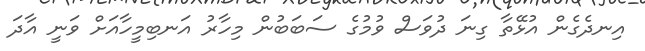
އިނދެގެން އުޅޭތާ ގިނަ ދުވަސް ވުމުގެ ސަބަބުން މިހާރު އަނބިމީހާއަށް ވަނީ އާދަ